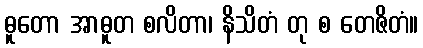
ဓူတော အာဓူတ စလိတာ၊ နိသိတံ တု စ တေဇိတံ။